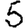
Digit: 5